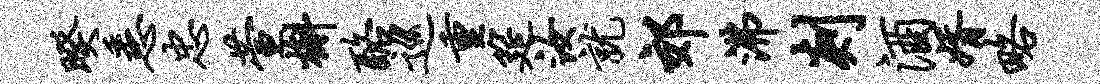
暌悉忠萱槲酪巡重筵汝就郊沸剡酒婿略